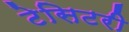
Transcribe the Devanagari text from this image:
टेसिटरी